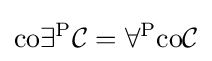
\mathrm {co} \exists ^{\mathrm {P} }{\mathcal {C}}=\forall ^{\mathrm {P} }\mathrm {co} {\mathcal {C}}